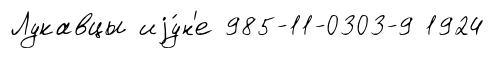
Лукавцы иjу́н'е 985-11-0303-9 1924